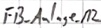
Text: FB_Anlage.M2